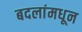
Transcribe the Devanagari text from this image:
बदलांमधून